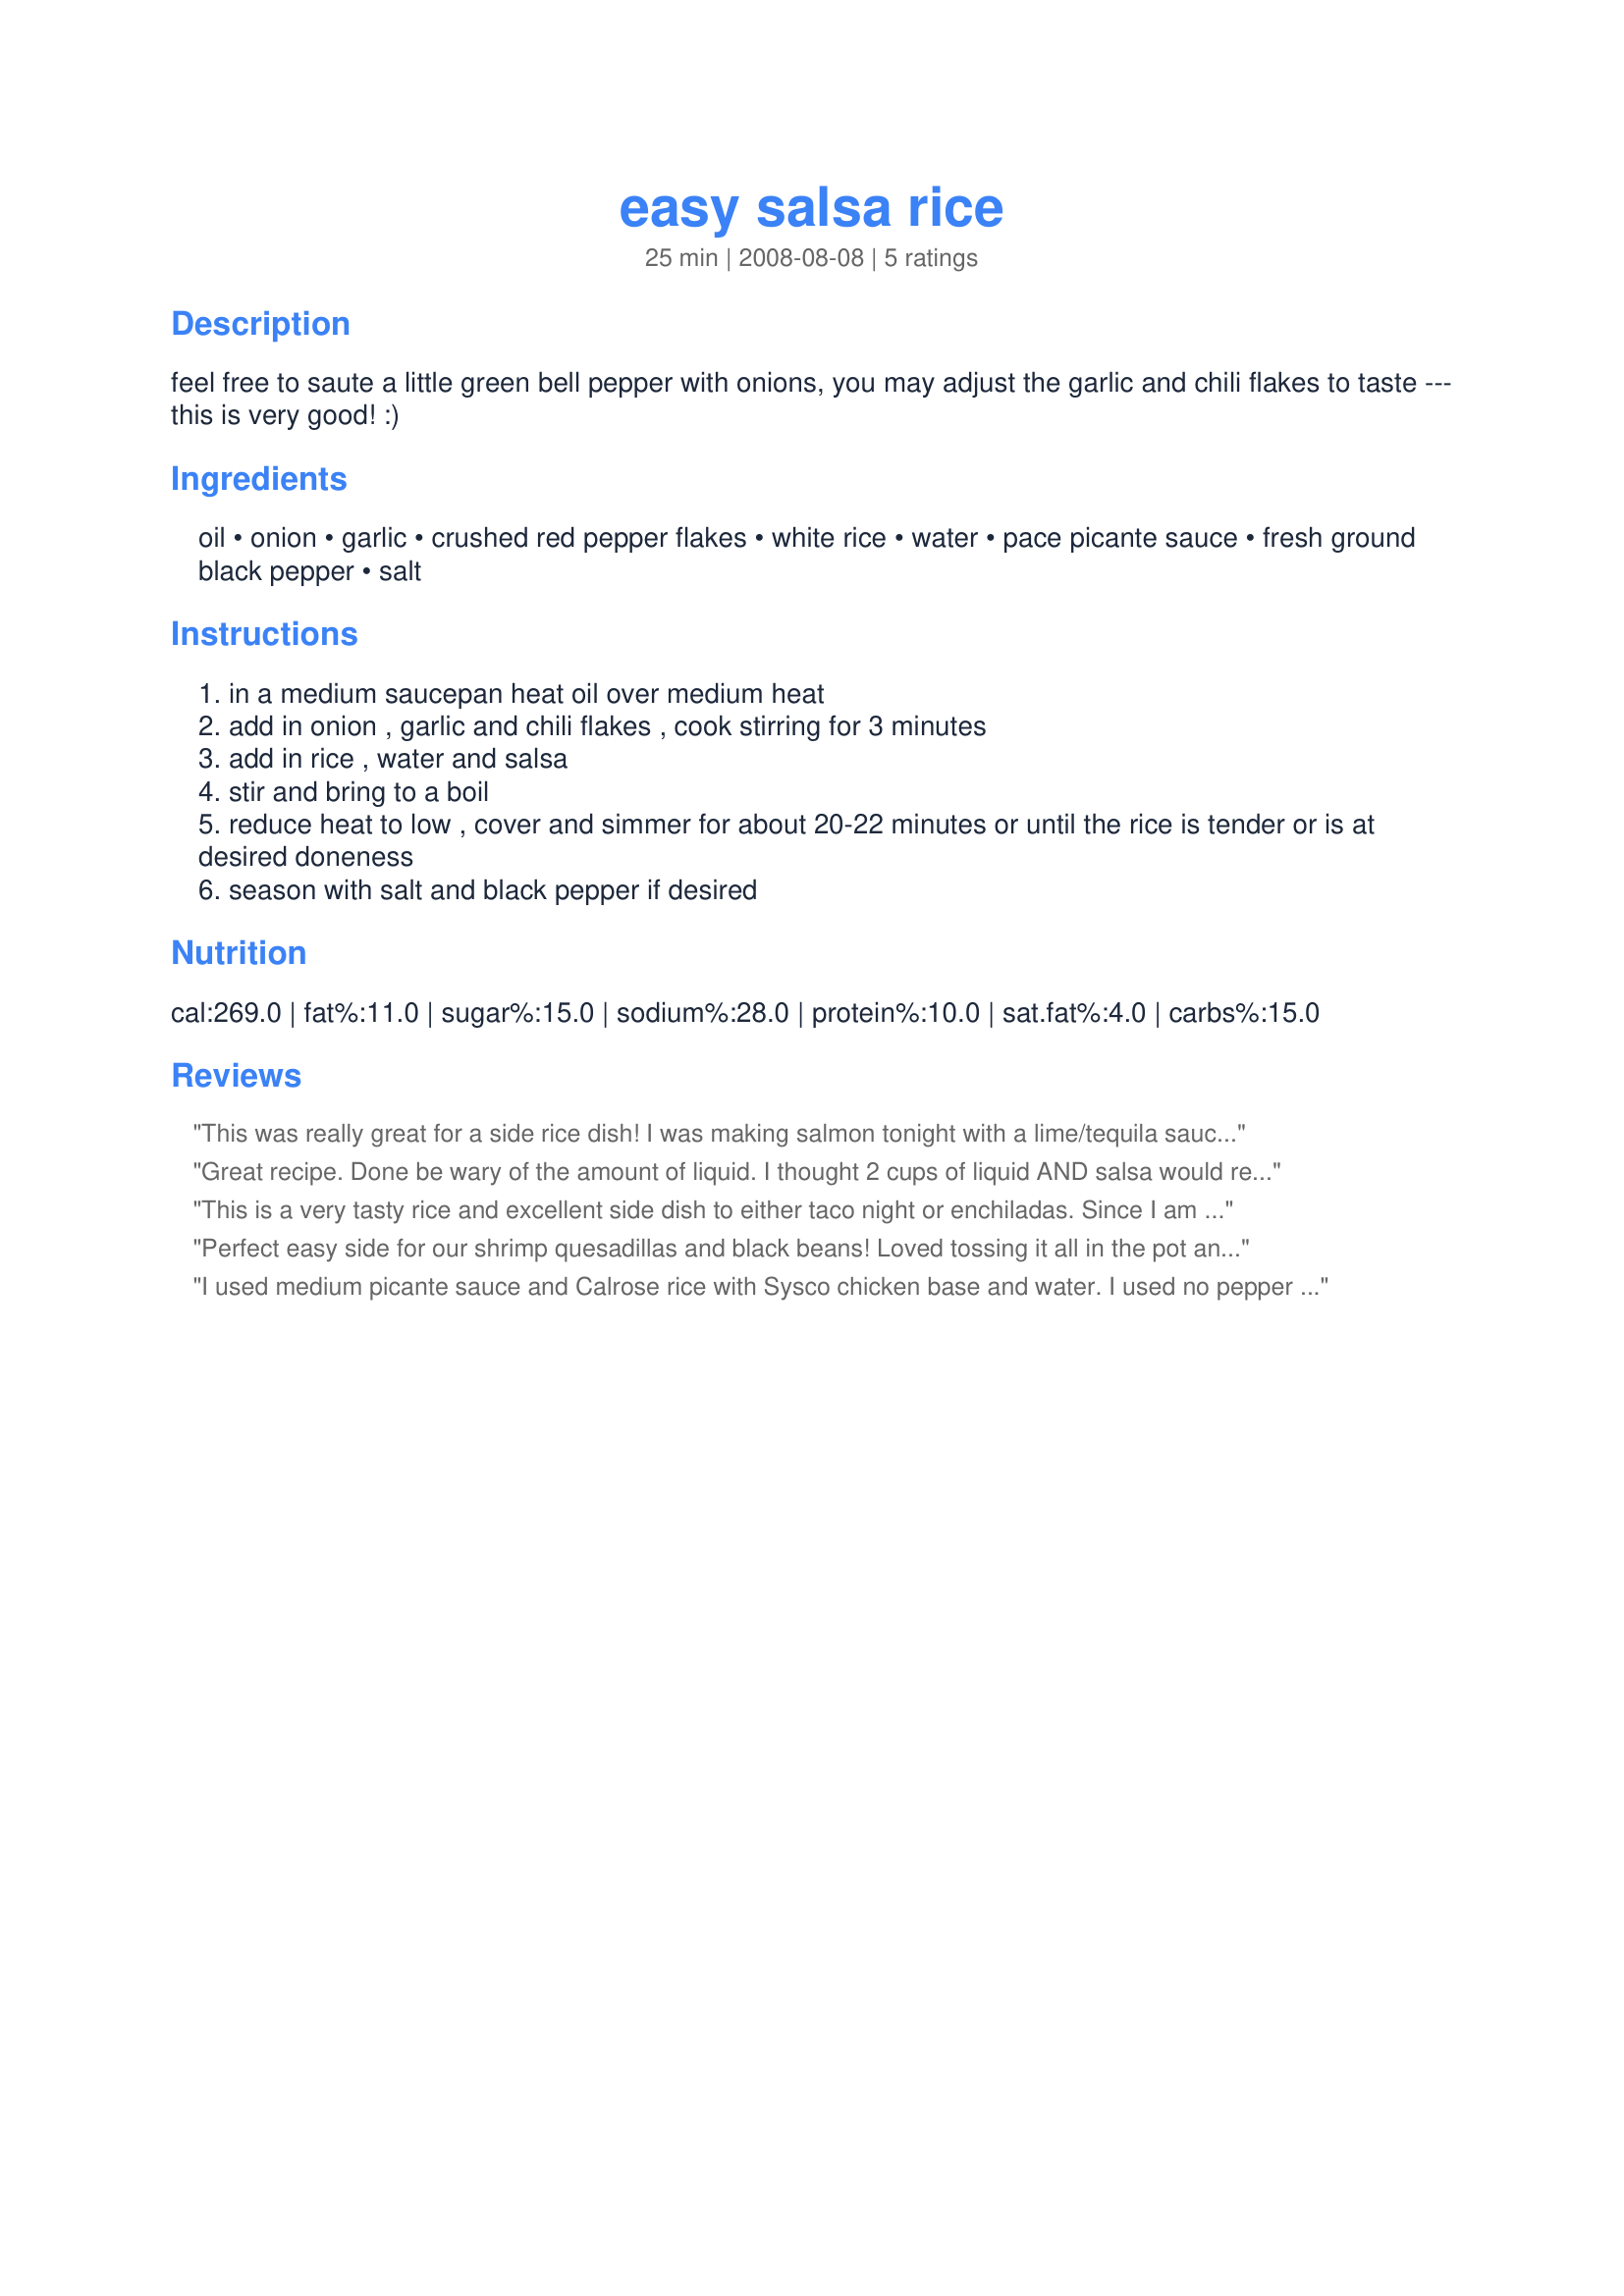
easy salsa rice
Preparation time: 25 minutes

feel free to saute a little green bell pepper with onions, you may adjust the garlic and chili flakes to taste --- this is very good! :)

Ingredients:
oil, onion, garlic, crushed red pepper flakes, white rice, water, pace picante sauce, fresh ground black pepper, salt

Steps:
in a medium saucepan heat oil over medium heat
add in onion , garlic and chili flakes , cook stirring for 3 minutes
add in rice , water and salsa
stir and bring to a boil
reduce heat to low , cover and simmer for about 20-22 minutes or until the rice is tender or is at desired doneness
season with salt and black pepper if desired

Reviews:
This was really great for a side rice dish! I was making salmon tonight with a lime/tequila sauce and thought I'd pair the dinner up with other "mexican flair" foods. I chose this since it looked simple...but not only was it simple, it was SUPER flavorful! I tripled the garlic (as in every recipe I make) and used a bit more crushed red pepper and a bit less salsa (probably only 10 ounces - Chi Chi's brand) and opted for the low sodium chicken broth. YUMMY!!! Hubby and I devoured it. It was a bit too spicy for my little ones...but that just meant more for us! ;) Will make this again and again with any Mexican meals. Thanks again Kitten! We loved it!
Great recipe. Done be wary of the amount of liquid. I thought 2 cups of liquid AND salsa would result in soupy rice. It does not at all. I added seasoned ground pork and a bit of cheese to make a casserole type dish. Was wonderful
This is a very tasty rice and excellent side dish to either taco night or enchiladas. Since I am such a wimp I do have to make sure to only use a mild salsa and allow the red pepper flakes to spice it up. Other than that this is incredibly tasty.
Perfect easy side for our shrimp quesadillas and black beans! Loved tossing it all in the pot and cooking the rest of dinner knowing it was percolating away. Didn't have picante sauce, but I did have a jar of really good smoked chipotle salsa so i used that and it was great! Thanks for my new go-to mexican rice side. Glad I snatched it up so quickly as the first to review!
I used medium picante sauce and Calrose rice with Sysco chicken base and water. I used no pepper or salt. Absolutely wonderful!!! I cooked in microwave rice cooker 7 minutes 70% power and stirred, again 7 minutes 70% power, let set 5 minutes. Great recipe, no mess, no fuss and a wonderful side dish.
Thanks Kittencal!
